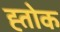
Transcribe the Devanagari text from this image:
ह्तोक